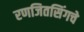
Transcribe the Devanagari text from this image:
रणजितसिंगचे